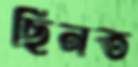
ছিনত